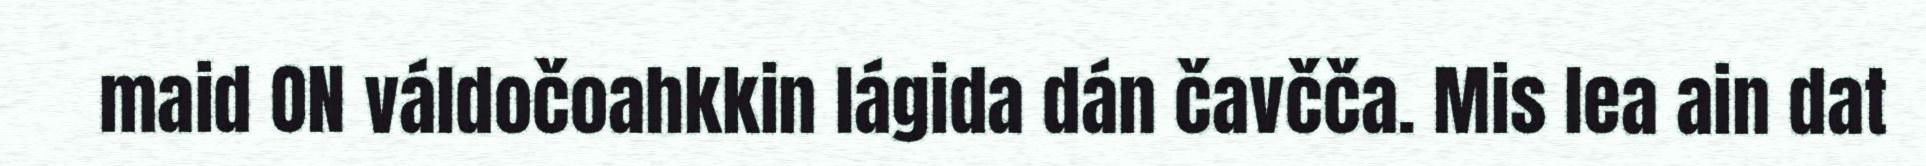
maid ON váldočoahkkin lágida dán čavčča. Mis lea ain dat